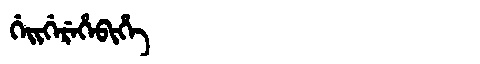
Manchu: ᡤᡝᡳᡤᡝᡵᡝᡥᡝᠪᡳᡥᡝ
Romanization: GEIGEREHEBIHE